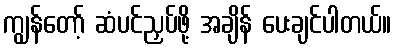
ကျွန်တော့် ဆံပင်ညှပ်ဖို့ အချိန် ပေးချင်ပါတယ်။